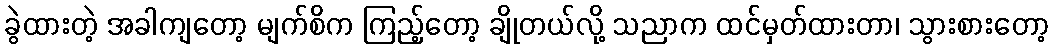
ခွဲထားတဲ့ အခါကျတော့ မျက်စိက ကြည့်တော့ ချိုတယ်လို့ သညာက ထင်မှတ်ထားတာ၊ သွားစားတော့